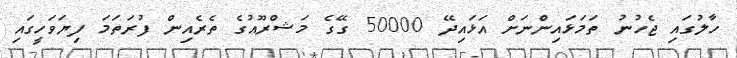
ހާލުގައި ޖެހުނު ތަމަޅައިންނަށް އަޅައިދޭ 50000 ގޭގެ މަޝްރޫއުގެ ތެރެއިން ފުރަތަމަ ފިޔަވަހީގައި